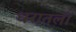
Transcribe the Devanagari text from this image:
धरातली